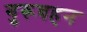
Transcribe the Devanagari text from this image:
गुरूबहन